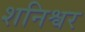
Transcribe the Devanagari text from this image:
शनिश्वर